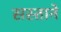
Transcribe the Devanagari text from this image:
सस्ताने